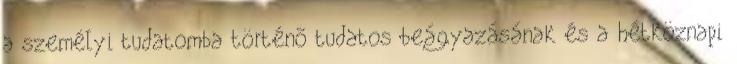
a személyi tudatomba történõ tudatos beágyazásának és a hétköznapi